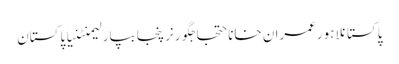
پاکستانلاہورعمران خاناحتجاجگورنرپنجابپارلیمنٹنیا پاکستان